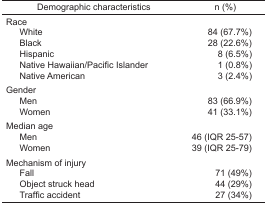
<table><thead><tr><td><b>Demographic characteristics</b></td><td><b>n (%)</b></td></tr></thead><tbody><tr><td colspan="2">Race</td></tr><tr><td> White</td><td>84 (67.7%)</td></tr><tr><td> Black</td><td>28 (22.6%)</td></tr><tr><td> Hispanic</td><td>8 (6.5%)</td></tr><tr><td> Native Hawaiian/Pacific Islander</td><td>1 (0.8%)</td></tr><tr><td> Native American</td><td>3 (2.4%)</td></tr><tr><td colspan="2">Gender</td></tr><tr><td> Men</td><td>83 (66.9%)</td></tr><tr><td> Women</td><td>41 (33.1%)</td></tr><tr><td colspan="2">Median age</td></tr><tr><td> Men</td><td>46 (IQR 25–57)</td></tr><tr><td> Women</td><td>39 (IQR 25–79)</td></tr><tr><td colspan="2">Mechanism of injury</td></tr><tr><td> Fall</td><td>71 (49%)</td></tr><tr><td> Object struck head</td><td>44 (29%)</td></tr><tr><td> Traffic accident</td><td>27 (34%)</td></tr></tbody></table>